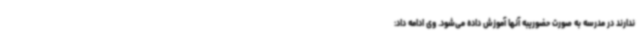
ندارند در مدرسه به صورت حضوریبه آنها آموزش داده می‌شود. وی ادامه داد: